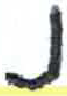
אות: נ